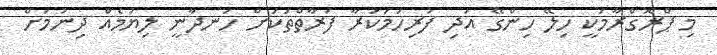
މި ޕްރޮގްރާމަކީ ހިލޭ ހިންގޭ އަދި ފުރިހަމަކުރާ ފަރާތްތަކަށް ހަނދާނީ ލިޔުމެއް ދިނުމަށް